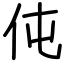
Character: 伅